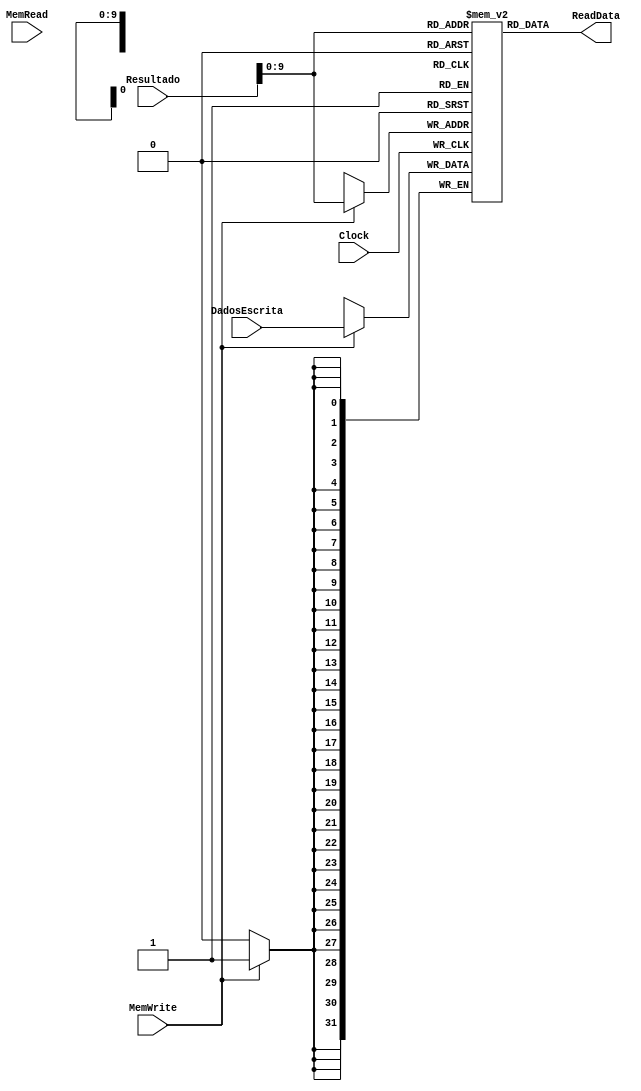
module MemoriaDados(Resultado,DadosEscrita,MemRead,MemWrite,ReadData,Clock);
	input  [31:0] Resultado,DadosEscrita;
	input MemRead,MemWrite,Clock;
	output [31:0] ReadData;
	
	reg[31:0] Memoria[1023:0];
	
	always@(negedge Clock)
	begin
	
		if(MemWrite==1'B1)
		begin
			Memoria[Resultado] <= DadosEscrita;
		end
		/*if(MemRead==1'B1)
		begin
			
		end*/
	end
	
	assign ReadData = Memoria[Resultado];
	
endmodule